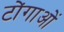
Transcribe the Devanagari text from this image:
टोंगाओं